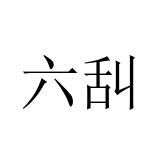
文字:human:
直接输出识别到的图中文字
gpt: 六舏